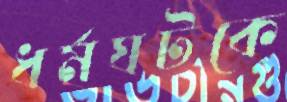
ধর্মঘটকে